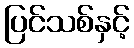
ပြင်သစ်နှင့်